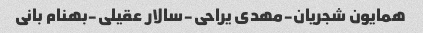
همایون شجریان-مهدی یراحی-سالار عقیلی-بهنام بانی